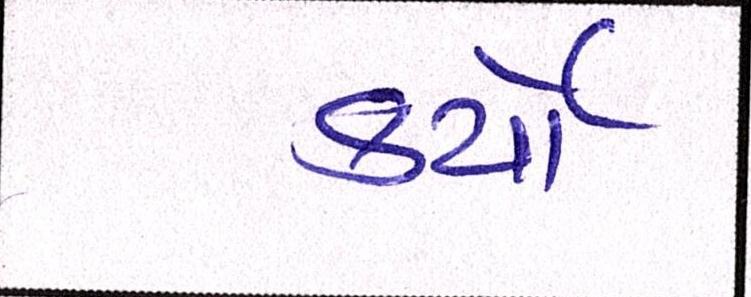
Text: કર્યેા